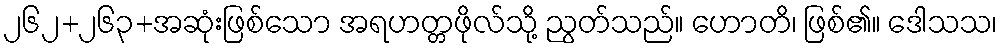
၂၆၂+၂၆၃+အဆုံးဖြစ်သော အရဟတ္တဖိုလ်သို့ ညွတ်သည်။ ဟောတိ၊ ဖြစ်၏။ ဒေါသသ၊